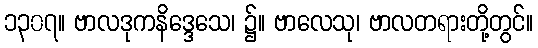
၁၃၀၇။ ဗာလဒုကနိဒ္ဒေသေ၊ ၌။ ဗာလေသု၊ ဗာလတရားတို့တွင်။